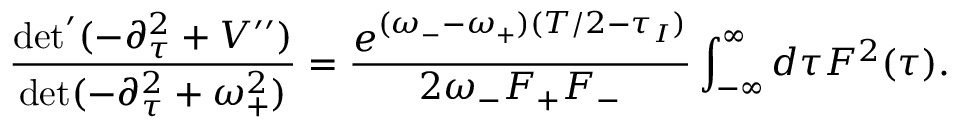
\frac { \operatorname * { d e t } ^ { \prime } ( - \partial _ { \tau } ^ { 2 } + V ^ { \prime \prime } ) } { \operatorname * { d e t } ( - \partial _ { \tau } ^ { 2 } + \omega _ { + } ^ { 2 } ) } = \frac { e ^ { ( \omega _ { - } - \omega _ { + } ) ( T / 2 - \tau _ { I } ) } } { 2 \omega _ { - } F _ { + } F _ { - } } \int _ { - \infty } ^ { \infty } d \tau F ^ { 2 } ( \tau ) .